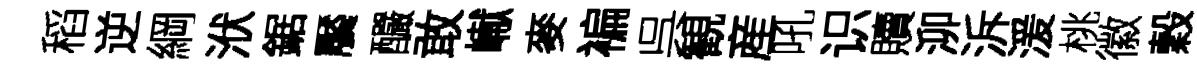
稻逆綱洑鋸饜釅敢𪩘麥褊呉観産吼识贖泖泝湲桃徽穀